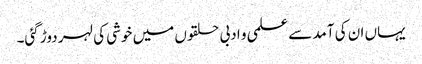
یہاں ان کی آمد سے علمی و ادبی حلقوں میں خوشی کی لہر دوڑ گئی۔